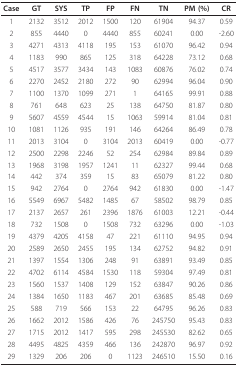
<table><thead><tr><td><b>Case</b></td><td><b>GT</b></td><td><b>SYS</b></td><td><b>TP</b></td><td><b>FP</b></td><td><b>FN</b></td><td><b>TN</b></td><td><b>PM (%)</b></td><td><b>CR</b></td></tr></thead><tbody><tr><td>1</td><td>2132</td><td>3512</td><td>2012</td><td>1500</td><td>120</td><td>61904</td><td>94.37</td><td>0.59</td></tr><tr><td>2</td><td>855</td><td>4440</td><td>0</td><td>4440</td><td>855</td><td>60241</td><td>0.00</td><td>-2.60</td></tr><tr><td>3</td><td>4271</td><td>4313</td><td>4118</td><td>195</td><td>153</td><td>61070</td><td>96.42</td><td>0.94</td></tr><tr><td>4</td><td>1183</td><td>990</td><td>865</td><td>125</td><td>318</td><td>64228</td><td>73.12</td><td>0.68</td></tr><tr><td>5</td><td>4517</td><td>3577</td><td>3434</td><td>143</td><td>1083</td><td>60876</td><td>76.02</td><td>0.74</td></tr><tr><td>6</td><td>2270</td><td>2452</td><td>2180</td><td>272</td><td>90</td><td>62994</td><td>96.04</td><td>0.90</td></tr><tr><td>7</td><td>1100</td><td>1370</td><td>1099</td><td>271</td><td>1</td><td>64165</td><td>99.91</td><td>0.88</td></tr><tr><td>8</td><td>761</td><td>648</td><td>623</td><td>25</td><td>138</td><td>64750</td><td>81.87</td><td>0.80</td></tr><tr><td>9</td><td>5607</td><td>4559</td><td>4544</td><td>15</td><td>1063</td><td>59914</td><td>81.04</td><td>0.81</td></tr><tr><td>10</td><td>1081</td><td>1126</td><td>935</td><td>191</td><td>146</td><td>64264</td><td>86.49</td><td>0.78</td></tr><tr><td>11</td><td>2013</td><td>3104</td><td>0</td><td>3104</td><td>2013</td><td>60419</td><td>0.00</td><td>-0.77</td></tr><tr><td>12</td><td>2500</td><td>2298</td><td>2246</td><td>52</td><td>254</td><td>62984</td><td>89.84</td><td>0.89</td></tr><tr><td>13</td><td>1968</td><td>3198</td><td>1957</td><td>1241</td><td>11</td><td>62327</td><td>99.44</td><td>0.68</td></tr><tr><td>14</td><td>442</td><td>374</td><td>359</td><td>15</td><td>83</td><td>65079</td><td>81.22</td><td>0.80</td></tr><tr><td>15</td><td>942</td><td>2764</td><td>0</td><td>2764</td><td>942</td><td>61830</td><td>0.00</td><td>-1.47</td></tr><tr><td>16</td><td>5549</td><td>6967</td><td>5482</td><td>1485</td><td>67</td><td>58502</td><td>98.79</td><td>0.85</td></tr><tr><td>17</td><td>2137</td><td>2657</td><td>261</td><td>2396</td><td>1876</td><td>61003</td><td>12.21</td><td>-0.44</td></tr><tr><td>18</td><td>732</td><td>1508</td><td>0</td><td>1508</td><td>732</td><td>63296</td><td>0.00</td><td>-1.03</td></tr><tr><td>19</td><td>4379</td><td>4205</td><td>4158</td><td>47</td><td>221</td><td>61110</td><td>94.95</td><td>0.94</td></tr><tr><td>20</td><td>2589</td><td>2650</td><td>2455</td><td>195</td><td>134</td><td>62752</td><td>94.82</td><td>0.91</td></tr><tr><td>21</td><td>1397</td><td>1554</td><td>1306</td><td>248</td><td>91</td><td>63891</td><td>93.49</td><td>0.85</td></tr><tr><td>22</td><td>4702</td><td>6114</td><td>4584</td><td>1530</td><td>118</td><td>59304</td><td>97.49</td><td>0.81</td></tr><tr><td>23</td><td>1560</td><td>1537</td><td>1408</td><td>129</td><td>152</td><td>63847</td><td>90.26</td><td>0.86</td></tr><tr><td>24</td><td>1384</td><td>1650</td><td>1183</td><td>467</td><td>201</td><td>63685</td><td>85.48</td><td>0.69</td></tr><tr><td>25</td><td>588</td><td>719</td><td>566</td><td>153</td><td>22</td><td>64795</td><td>96.26</td><td>0.83</td></tr><tr><td>26</td><td>1662</td><td>2012</td><td>1586</td><td>426</td><td>76</td><td>245750</td><td>95.43</td><td>0.83</td></tr><tr><td>27</td><td>1715</td><td>2012</td><td>1417</td><td>595</td><td>298</td><td>245530</td><td>82.62</td><td>0.65</td></tr><tr><td>28</td><td>4495</td><td>4825</td><td>4359</td><td>466</td><td>136</td><td>242870</td><td>96.97</td><td>0.92</td></tr><tr><td>29</td><td>1329</td><td>206</td><td>206</td><td>0</td><td>1123</td><td>246510</td><td>15.50</td><td>0.16</td></tr></tbody></table>